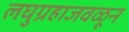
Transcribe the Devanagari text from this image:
लघुग्रहाजवळून